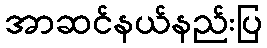
အာဆင်နယ်နည်းပြ